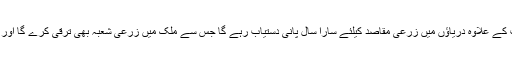
انہوں نے کہا کہ کالا باغ ڈیم کی تعمیر سے3600میگا واٹ کے علاوہ دریاؤں میں زرعی مقاصد کیلئے سارا سال پانی دستیاب رہے گا جس سے ملک میں زرعی شعبہ بھی ترقی کرے گا اور اڑھائی روپے یونٹ والی سستی بجلی بھی میسر ہوسکے گی۔